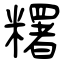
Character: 糬